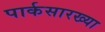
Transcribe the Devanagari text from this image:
पार्कसारख्या